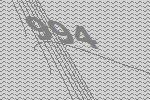
994